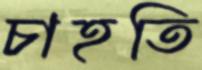
চাহতি